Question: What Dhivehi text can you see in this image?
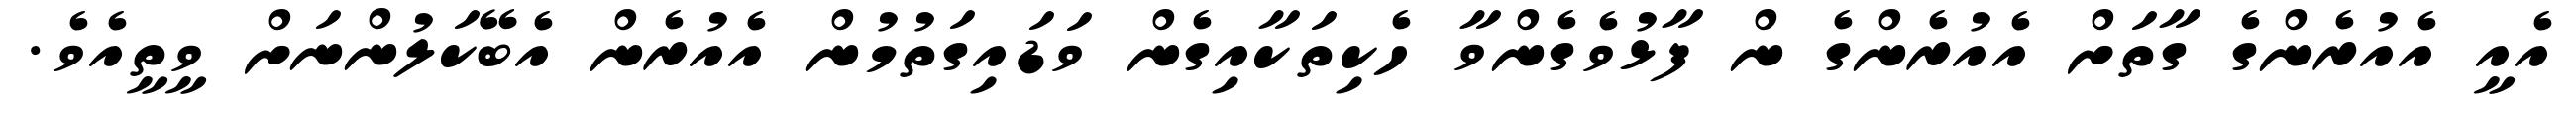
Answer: އެއީ އެއުރެންގެ ގާތަށް އެއުރެންގެ ން ފާޅުވެގެންވާ ހެކިތަކާއިގެން ވަޑައިގަތުމުން އެއުރެން އެބޭކަލުންނަށް ވީތީއެވެ.